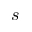
s